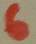
Text: 6